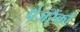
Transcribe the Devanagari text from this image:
पेजरैंकों